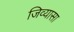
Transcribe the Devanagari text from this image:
जिव्यासा